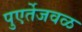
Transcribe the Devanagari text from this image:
पुएर्तेजवळ